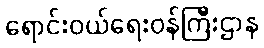
ရောင်းဝယ်ရေးဝန်ကြီးဌာန